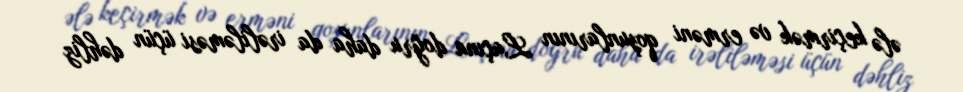
ələ keçirmək və erməni qoşunlarının Laçına doğru daha da irəliləməsi üçün dəhliz